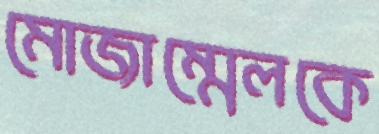
মোজাম্মেলকে